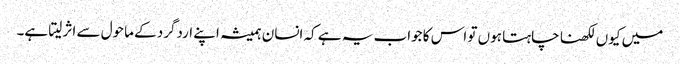
میں کیوں لکھنا چاہتا ہوں تو اس کا جواب یہ ہے کہ انسان ہمیشہ اپنے اردگرد کے ماحول سے اثر لیتا ہے۔